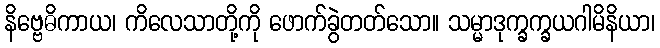
နိဗ္ဗေဓိကာယ၊ ကိလေသာတို့ကို ဖောက်ခွဲတတ်သော။ သမ္မာဒုက္ခက္ခယဂါမိနိယာ၊